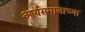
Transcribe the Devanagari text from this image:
आर्यसमाजाच्या